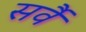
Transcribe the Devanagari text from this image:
सर्वै